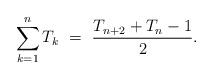
LaTeX: \begin{align*} \sum_{k = 1}^n T_k \ = \ \frac{T_{n+2} + T_n -1}{2}.\end{align*}